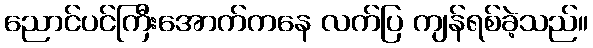
ညောင်ပင်ကြီးအောက်ကနေ လက်ပြ ကျန်ရစ်ခဲ့သည်။